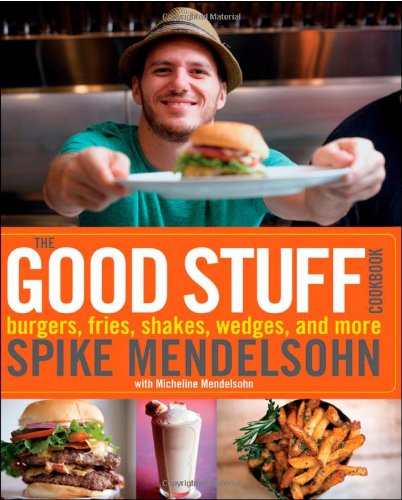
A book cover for The Good Stuff Cookbook; Micheline Mendelsohn; Cookbooks, Food & Wine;